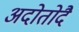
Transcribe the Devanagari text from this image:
अदोतोदै